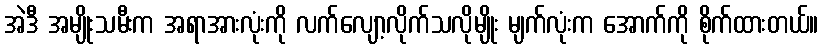
အဲဒီ အမျိုးသမီးက အရာအားလုံးကို လက်လျော့လိုက်သလိုမျိုး မျက်လုံးက အောက်ကို စိုက်ထားတယ်။